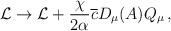
LaTeX: \begin{align*}{\cal L} \rightarrow {\cal L} + \frac{\chi}{2\alpha}\overline{c} D_\mu(A) Q_\mu \, ,\end{align*}